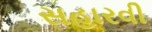
સહારવી